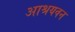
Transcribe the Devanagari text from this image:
आश्रयवन